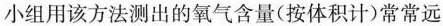
小组用该方法测出的氧气含量(按体积计)常常远